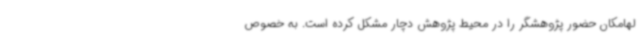
لهامکان حضور پژوهشگر را در محیط پژوهش دچار مشکل کرده است. به خصوص